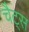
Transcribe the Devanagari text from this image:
चैट्स